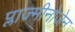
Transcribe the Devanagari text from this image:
प्लाज्मीनोजेन